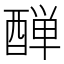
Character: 𨡙